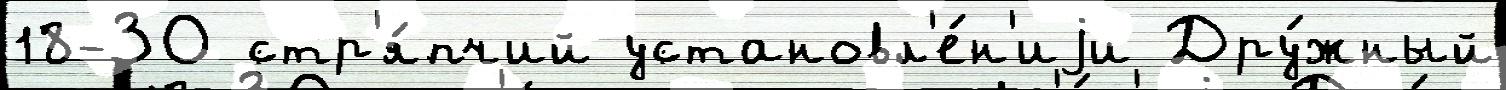
18-ЗО стр'я́пчий установл'е́н'иjи Дру́жный